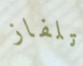
تلفاز